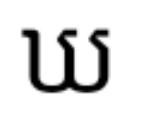
ឃ